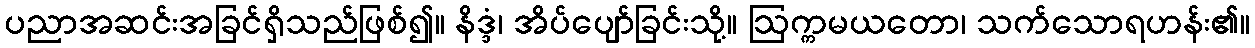
ပညာအဆင်းအခြင်ရှိသည်ဖြစ်၍။ နိဒ္ဒံ၊ အိပ်ပျော်ခြင်းသို့။ ဩက္ကမယတော၊ သက်သောရဟန်း၏။